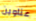
عناوين